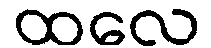
ထလေ